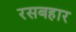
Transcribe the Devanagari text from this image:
रसबहार